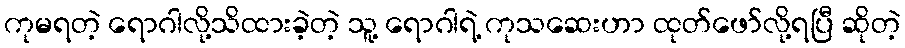
ကုမရတဲ့ ရောဂါလို့သိထားခဲ့တဲ့ သူ့ ရောဂါရဲ့ ကုသဆေးဟာ ထုတ်ဖော်လို့ရပြီ ဆိုတဲ့